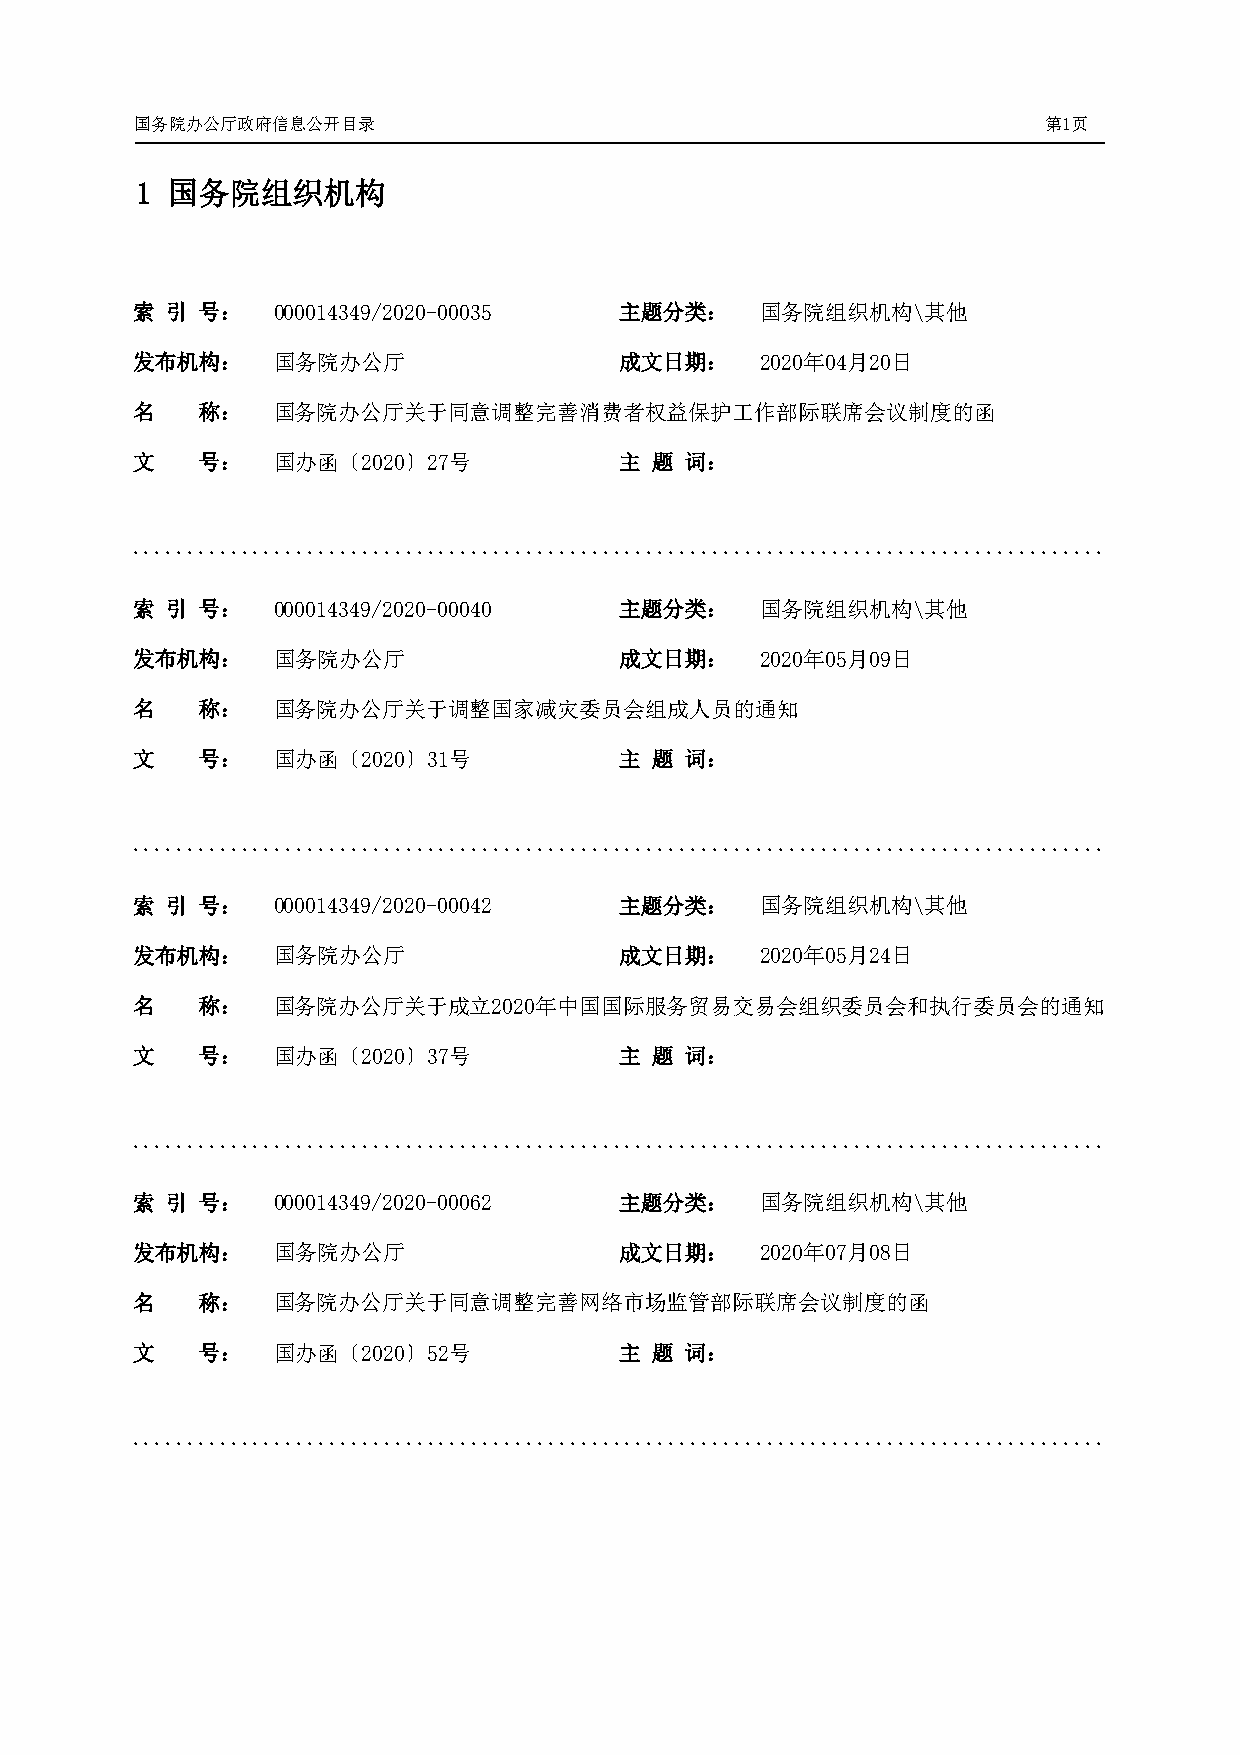
国务院办公厅政府信息公开目录                                              第1页
 1 国务院组织机构
 索 引 号：   000014349/2020-00035   主题分类：    国务院组织机构\其他
 发布机构：    国务院办公厅                 成文日期：    2020年04月20日
 名   称：   国务院办公厅关于同意调整完善消费者权益保护工作部际联席会议制度的函
 文   号：   国办函〔2020〕27号           主 题 词：
 .........................................................................................
 索 引 号：   000014349/2020-00040   主题分类：    国务院组织机构\其他
 发布机构：    国务院办公厅                 成文日期：    2020年05月09日
 名   称：   国务院办公厅关于调整国家减灾委员会组成人员的通知
 文   号：   国办函〔2020〕31号           主 题 词：
 .........................................................................................
 索 引 号：   000014349/2020-00042   主题分类：    国务院组织机构\其他
 发布机构：    国务院办公厅                 成文日期：    2020年05月24日
 名   称：   国务院办公厅关于成立2020年中国国际服务贸易交易会组织委员会和执行委员会的通知
 文   号：   国办函〔2020〕37号           主 题 词：
 .........................................................................................
 索 引 号：   000014349/2020-00062   主题分类：    国务院组织机构\其他
 发布机构：    国务院办公厅                 成文日期：    2020年07月08日
 名   称：   国务院办公厅关于同意调整完善网络市场监管部际联席会议制度的函
 文   号：   国办函〔2020〕52号           主 题 词：
 .........................................................................................